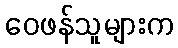
ဝေဖန်သူများက